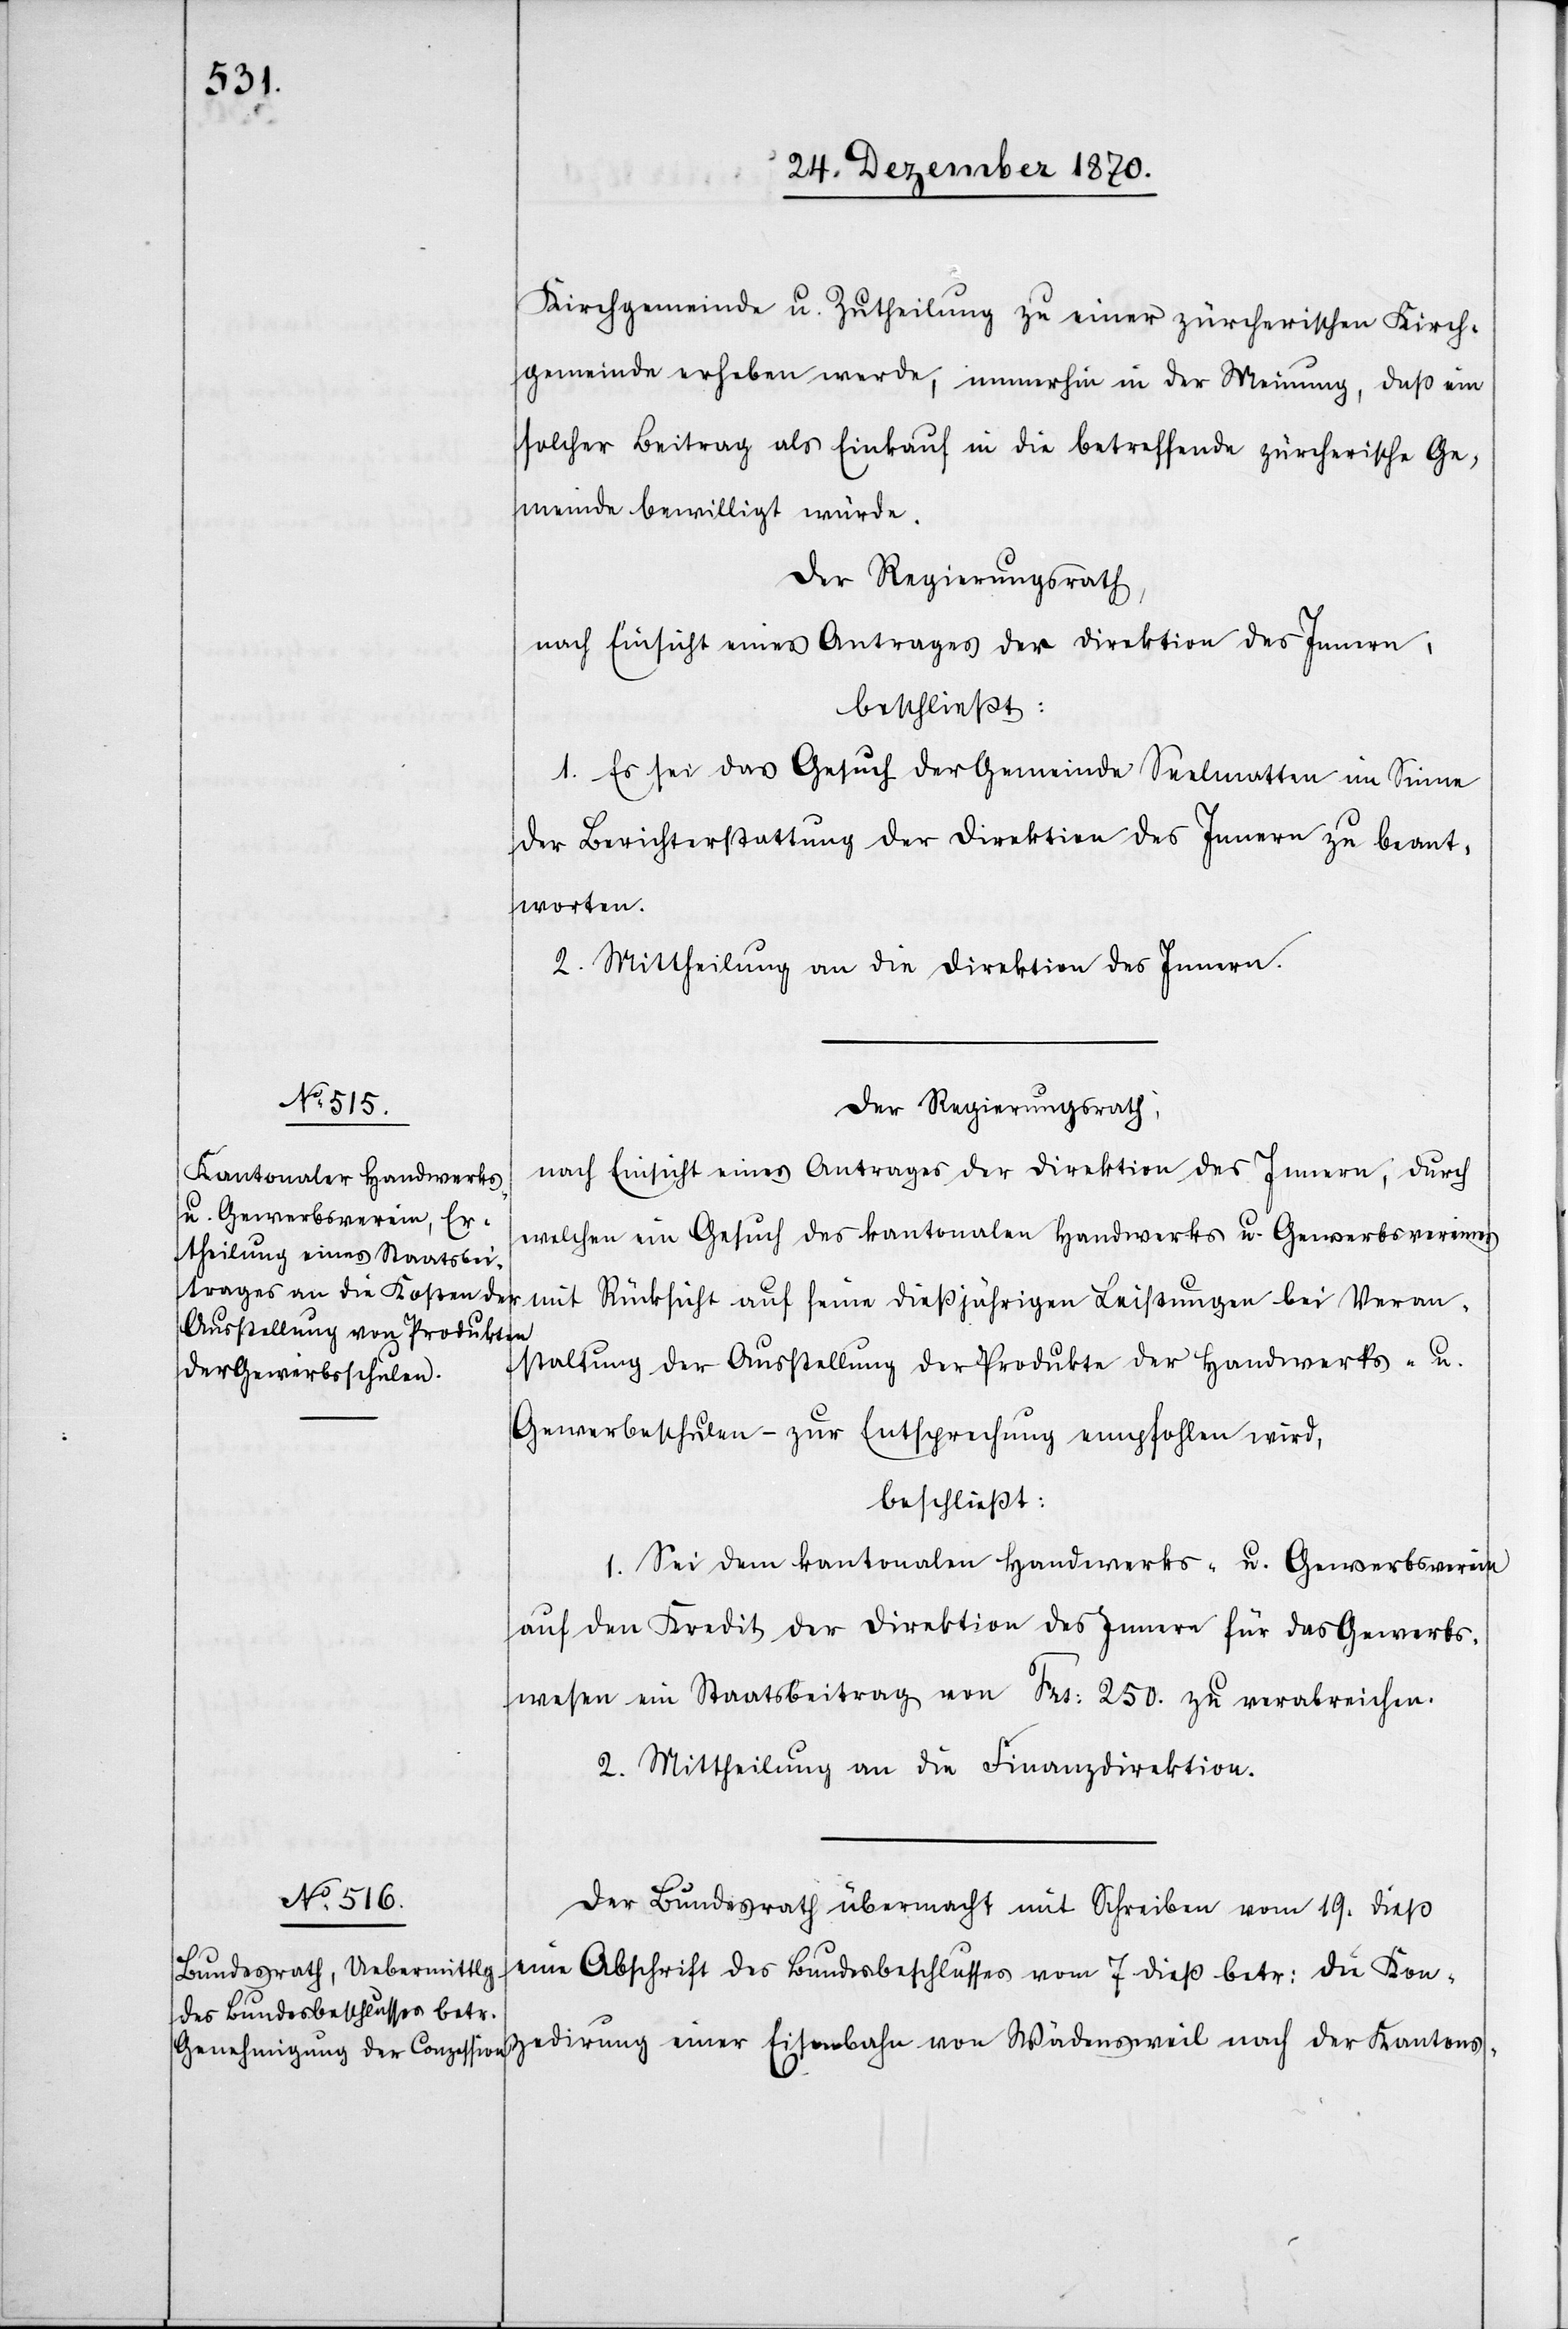
Kirchgemeinde u. Zutheilung zu einer zürcherischen Kirch¬
gemeinde erheben werde, immerhin in der Meinung, daß ein
solcher Beitrag als Einkauf in die betreffende zürcherische Ge¬
meinde bewilligt würde.
Der Regierungsrath,
nach Einsicht eines Antrages der Direktion des Innern,
beschließt:
1. Es sei das Gesuch der Gemeinde Seelmatten im Sinne
der Berichterstattung der Direktion des Innern zu beant¬
worten.
2. Mittheilung an die Direktion des Innern.
Der Regierungsrath,
nach Einsicht eines Antrages der Direktion des Innern, durch
welchen ein Gesuch des kantonalen Handwerks- u. Gewerbevereins
mit Rücksicht auf seine dießjährigen Leistungen bei Veran¬
staltung der Ausstellung der Produkte der Handwerks- u.
Gewerbeschulen – zur Entsprechung empfohlen wird,
beschließt:
1. Sei dem kantonalen Handwerks- u. Gewerbsverein
auf den Kredit der Direktion des Innern für das Gewerbs¬
wesen ein Staatsbeitrag von Frs: 250. zu verabreichen.
2. Mittheilung an die Finanzdirektion.
Der Bundesrath übermacht mit Schreiben vom 19. dieß
eine Abschrift des Bundesbeschlusses vom 7 dieß betr: die Kon¬
zedirung einer Eisenbahn von Wädensweil nach der Kantons-